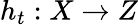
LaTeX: h_{t}:X\to Z